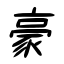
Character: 豪